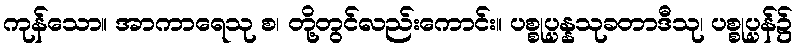
ကုန်သော။ အာကာရေသု စ၊ တို့တွင်လည်းကောင်း။ ပစ္စုပ္ပန္နသုခတာဒီသု၊ ပစ္စုပ္ပန်၌